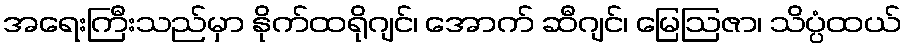
အရေးကြီးသည်မှာ နိုက်ထရိုဂျင်၊ အောက် ဆီဂျင်၊ မြေဩဇာ၊ သိပ္ပံထယ်